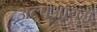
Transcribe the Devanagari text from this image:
अल्पआयुमे